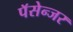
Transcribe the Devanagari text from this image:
पॅसेन्जर